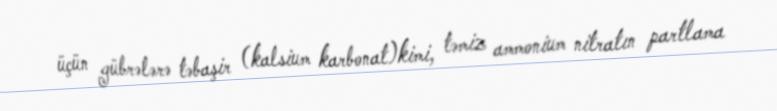
üçün gübrələrə təbaşir (kalsium karbonat)kimi, təmiz ammonium nitratın partlama